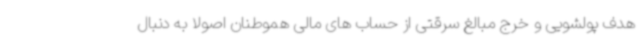
هدف پولشویی و خرج مبالغ سرقتی از حساب های مالی هموطنان اصولا به دنبال